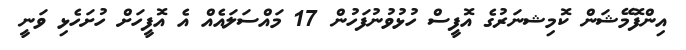
އިންފޮމޭޝަން ކޮމިޝނަރުގެ އޮފީސް ހުޅުވުނުފަހުން 17 މައްސަލައެއް އެ އޮފީހަށް ހުށަހެޅި ވަނީ